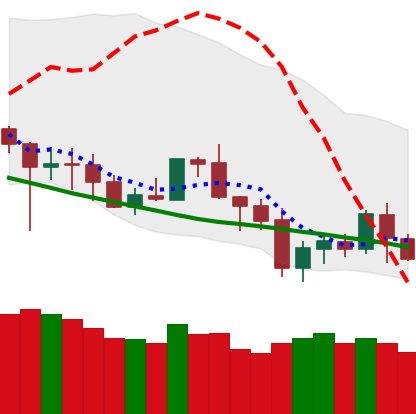
Ticker: BNB-USD
Chart end date: 2020-07-03
Forward return: 12.658%
Label: up_7plus